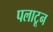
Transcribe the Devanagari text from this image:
पलाटून